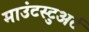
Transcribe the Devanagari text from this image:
माउंटस्टुअर्ट